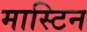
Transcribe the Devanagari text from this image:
मास्टिन